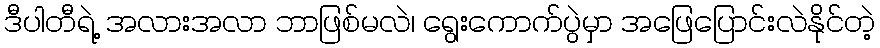
ဒီပါတီရဲ့ အလားအလာ ဘာဖြစ်မလဲ၊ ရွေးကောက်ပွဲမှာ အဖြေပြောင်းလဲနိုင်တဲ့